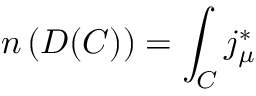
n \left( D ( C ) \right) = \int _ { C } j _ { \mu } ^ { * }